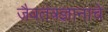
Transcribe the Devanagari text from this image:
जैवतंत्रज्ञानाचे